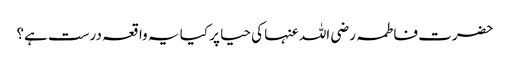
حضرت فاطمہ رضی اللہ عنہا کی حیا پر کیا یہ واقعہ درست ہے؟